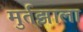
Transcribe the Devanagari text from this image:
मुर्तझाला